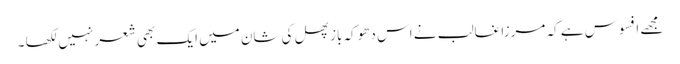
مجھے افسوس ہے کہ مرزا غالب نے اس دھوکہ باز پھل کی شان میں ایک بھی شعر نہیں لکھا ۔